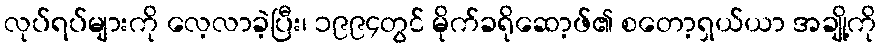
လုပ်ရပ်များကို လေ့လာခဲ့ပြီး၊ ၁၉၉၄တွင် မိုက်ခရိုဆော့ဖ်၏ စတော့ရှယ်ယာ အချို့ကို